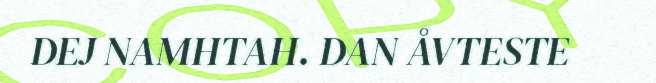
DEJ NAMHTAH. DAN ÅVTESTE